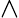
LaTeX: \land